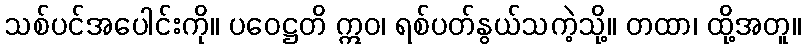
သစ်ပင်အပေါင်းကို။ ပဝေဋ္ဌတိ ဣဝ၊ ရစ်ပတ်နွယ်သကဲ့သို့။ တထာ၊ ထို့အတူ။